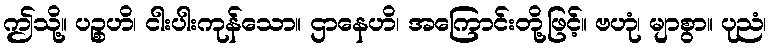
ဤသို့။ ပဉ္စဟိ၊ ငါးပါးကုန်သော။ ဌာနေဟိ၊ အကြောင်းတို့ဖြင့်။ ဗဟုံ၊ မျာစွာ။ ပုညံ၊